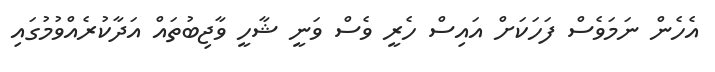
އެހެން ނަމަވެސް ފަހަކަށް އައިސް ހެރީ ވެސް ވަނީ ޝާހީ ވާޖިބުތައް އަދާކުރެއްވުމުގައި